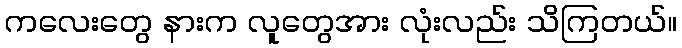
ကလေးတွေ နားက လူတွေအား လုံးလည်း သိကြတယ်။